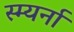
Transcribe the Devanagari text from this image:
स्म्यर्ना